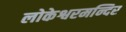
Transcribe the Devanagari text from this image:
लोकेश्वरमन्दिर